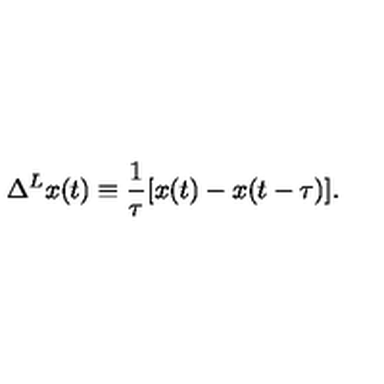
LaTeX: \Delta ^ { L } x ( t ) \equiv \frac { 1 } { \tau } [ x ( t ) - x ( t - \tau ) ] .